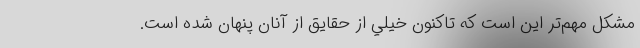
مشكل مهم‌تر اين است كه تاكنون خيلي از حقايق از آنان پنهان شده است.